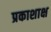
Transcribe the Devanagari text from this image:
प्रकाशाक्ष